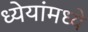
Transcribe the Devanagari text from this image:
ध्येयांमध्ये